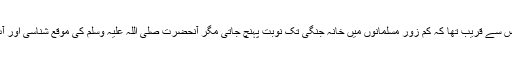
مگر اس قیام کے دوران منافقین کی طرف سے ایک ایسا ناگوار واقعہ پیش آیا جس سے قریب تھا کہ کم زور مسلمانوں میں خانہ جنگی تک نوبت پہنچ جاتی مگر آنحضرت صلی اللہ علیہ وسلم کی موقع شناسی اور آپؐ کے مقناطیسی اثر نے اس فتنے کے خطرناک نتائج سے مسلمانوں کو بچا لیا۔